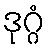
ဒုဂ္ဂံ